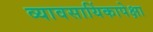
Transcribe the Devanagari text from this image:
व्यावसायिंकापेक्षा